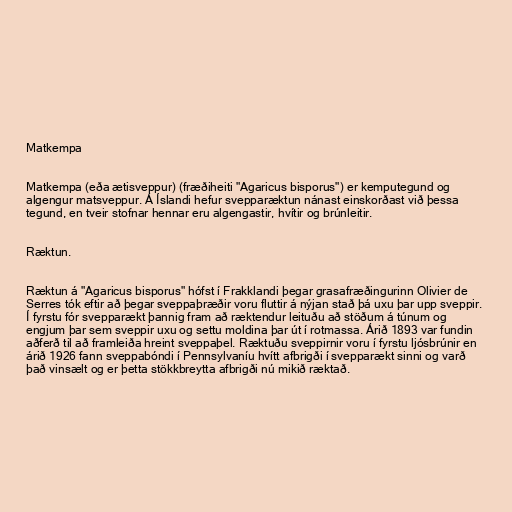
Matkempa

Matkempa (eða ætisveppur) (fræðiheiti "Agaricus bisporus") er kemputegund og
algengur matsveppur. Á Íslandi hefur svepparæktun nánast einskorðast við þessa
tegund, en tveir stofnar hennar eru algengastir, hvítir og brúnleitir.

Ræktun.

Ræktun á "Agaricus bisporus" hófst í Frakklandi þegar grasafræðingurinn Olivier de
Serres tók eftir að þegar sveppaþræðir voru fluttir á nýjan stað þá uxu þar upp sveppir.
Í fyrstu fór svepparækt þannig fram að ræktendur leituðu að stöðum á túnum og
engjum þar sem sveppir uxu og settu moldina þar út í rotmassa. Árið 1893 var fundin
aðferð til að framleiða hreint sveppaþel. Ræktuðu sveppirnir voru í fyrstu ljósbrúnir en
árið 1926 fann sveppabóndi í Pennsylvaníu hvítt afbrigði í svepparækt sinni og varð
það vinsælt og er þetta stökkbreytta afbrigði nú mikið ræktað.